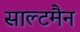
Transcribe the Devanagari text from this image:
साल्टमैन